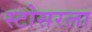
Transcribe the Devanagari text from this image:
स्टोसरला